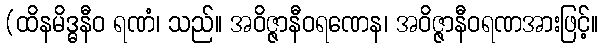
(ထိနမိဒ္ဓနီဝ ရဏံ၊ သည်။ အဝိဇ္ဇာနီဝရဏေန၊ အဝိဇ္ဇာနီဝရဏအားဖြင့်။